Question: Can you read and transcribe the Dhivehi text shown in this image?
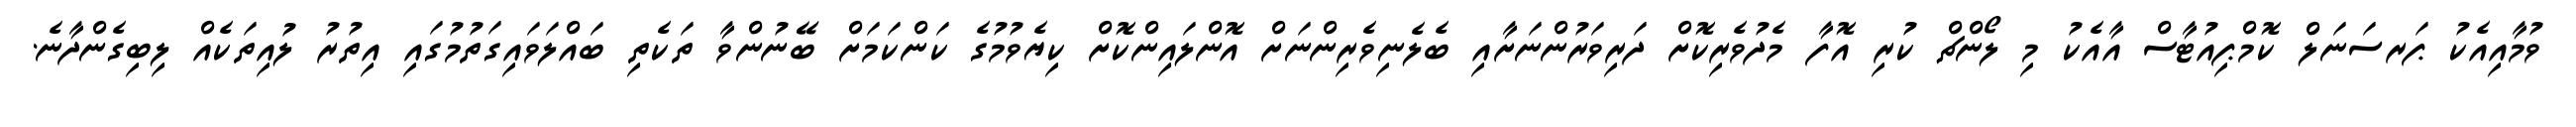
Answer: ވުމާއިއެކު ޕަރސަނަލް ކޮމްޕިއުޓާސް އާއެކު މި ލޯންޗް ކުރި އޮފާ މެދުވެރިކޮށް ދަރިވަރުންނަށާއި ބެލެނިވެރިންނަށް އޮންލައިންކޮށް ކިޔެވުމުގެ ކަންކަމަށް ބޭނުންވާ ތަކެތި ބައްލަވައިގަތުމުގައި އިތުރު ލުއިތަކެއް ލިބިގެންދާނެ.